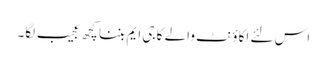
اس لئے اکاؤنٹ والے کا جی ایم بننا کچھ عجیب لگا۔